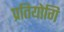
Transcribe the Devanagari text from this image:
प्रतियोगि